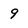
Character: 9